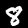
Label: 8